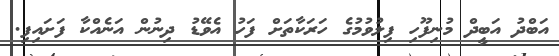
އަބްދު އަބީދް މުނިފޫހި ފިލުވުމުގެ ހަރަކާތަށް ފަހު އެވޭޑު ދިނުން އަނެއްކާ ފަށައިފިި.